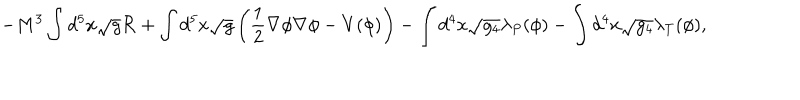
- M ^ { 3 } \int d ^ { 5 } x \sqrt { g } { \cal R } + \int d ^ { 5 } x \sqrt { g } \left( \frac { 1 } { 2 } \nabla \phi \nabla \phi - V ( \phi ) \right) - \int d ^ { 4 } x \sqrt { g _ { 4 } } \lambda _ { P } ( \phi ) - \int d ^ { 4 } x \sqrt { g _ { 4 } } \lambda _ { T } ( \phi ) ,